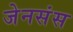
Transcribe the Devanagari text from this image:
जेनसंस